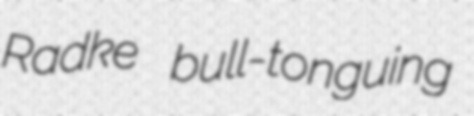
Radke bull-tonguing